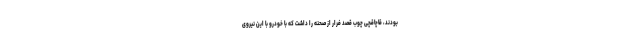
بودند، قاچاقچی چوب قصد فرار از صحنه را داشت که با خودرو با این نیروی